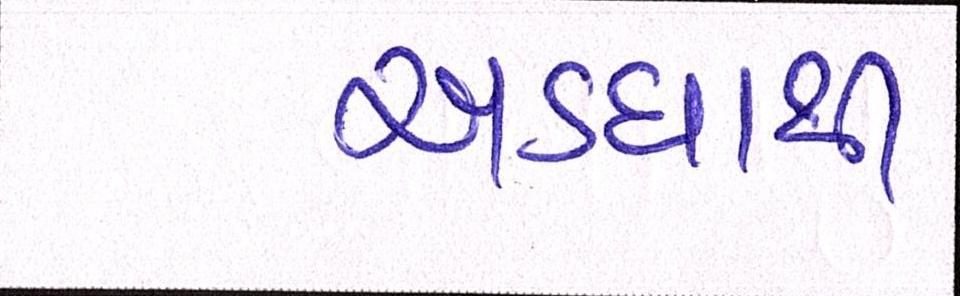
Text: અડધાથી